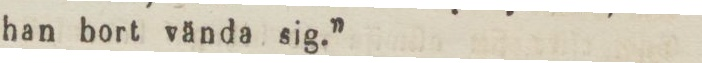
han bort vända sig.”